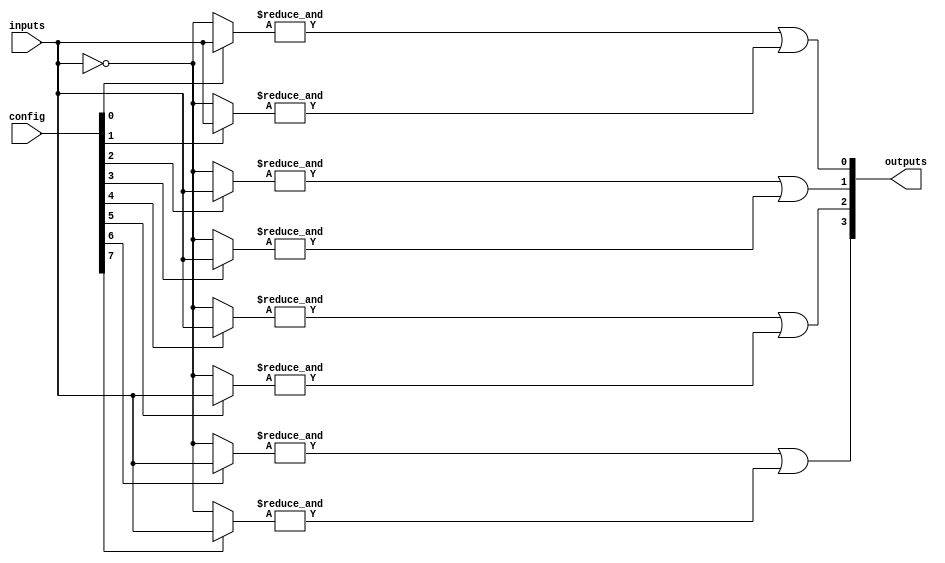
module generic_array_logic (
    input wire [N-1:0] inputs,         // Input signals
    input wire [M-1:0] config,         // Configuration for programmable AND array
    output wire [P-1:0] outputs         // Output signals
);
    parameter N = 8;                   // Number of input signals
    parameter M = 16;                  // Number of AND gates
    parameter P = 4;                   // Number of output signals

    // Internal wires for AND gate outputs
    wire [M-1:0] and_out;

    // Programmable AND Array
    genvar i;
    generate
        for (i = 0; i < M; i = i + 1) begin: and_array
            wire [N-1:0] and_inputs;
            assign and_inputs = (config[i]) ? inputs : ~inputs; // Example of programmable input selection
            assign and_out[i] = &and_inputs; // AND operation on selected inputs
        end
    endgenerate

    // Fixed OR Array
    assign outputs[0] = or_gate(and_out[0], and_out[1]);
    assign outputs[1] = or_gate(and_out[2], and_out[3]);
    assign outputs[2] = or_gate(and_out[4], and_out[5]);
    assign outputs[3] = or_gate(and_out[6], and_out[7]);

    // OR gate function
    function or_gate(input wire a, input wire b);
        begin
            or_gate = a | b; // OR operation
        end
    endfunction

endmodule